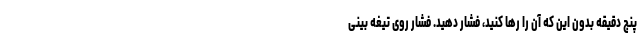
پنج دقیقه بدون این که آن را رها کنید، فشار دهید. فشار روی تیغه بینی